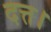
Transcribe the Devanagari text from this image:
दत्त।